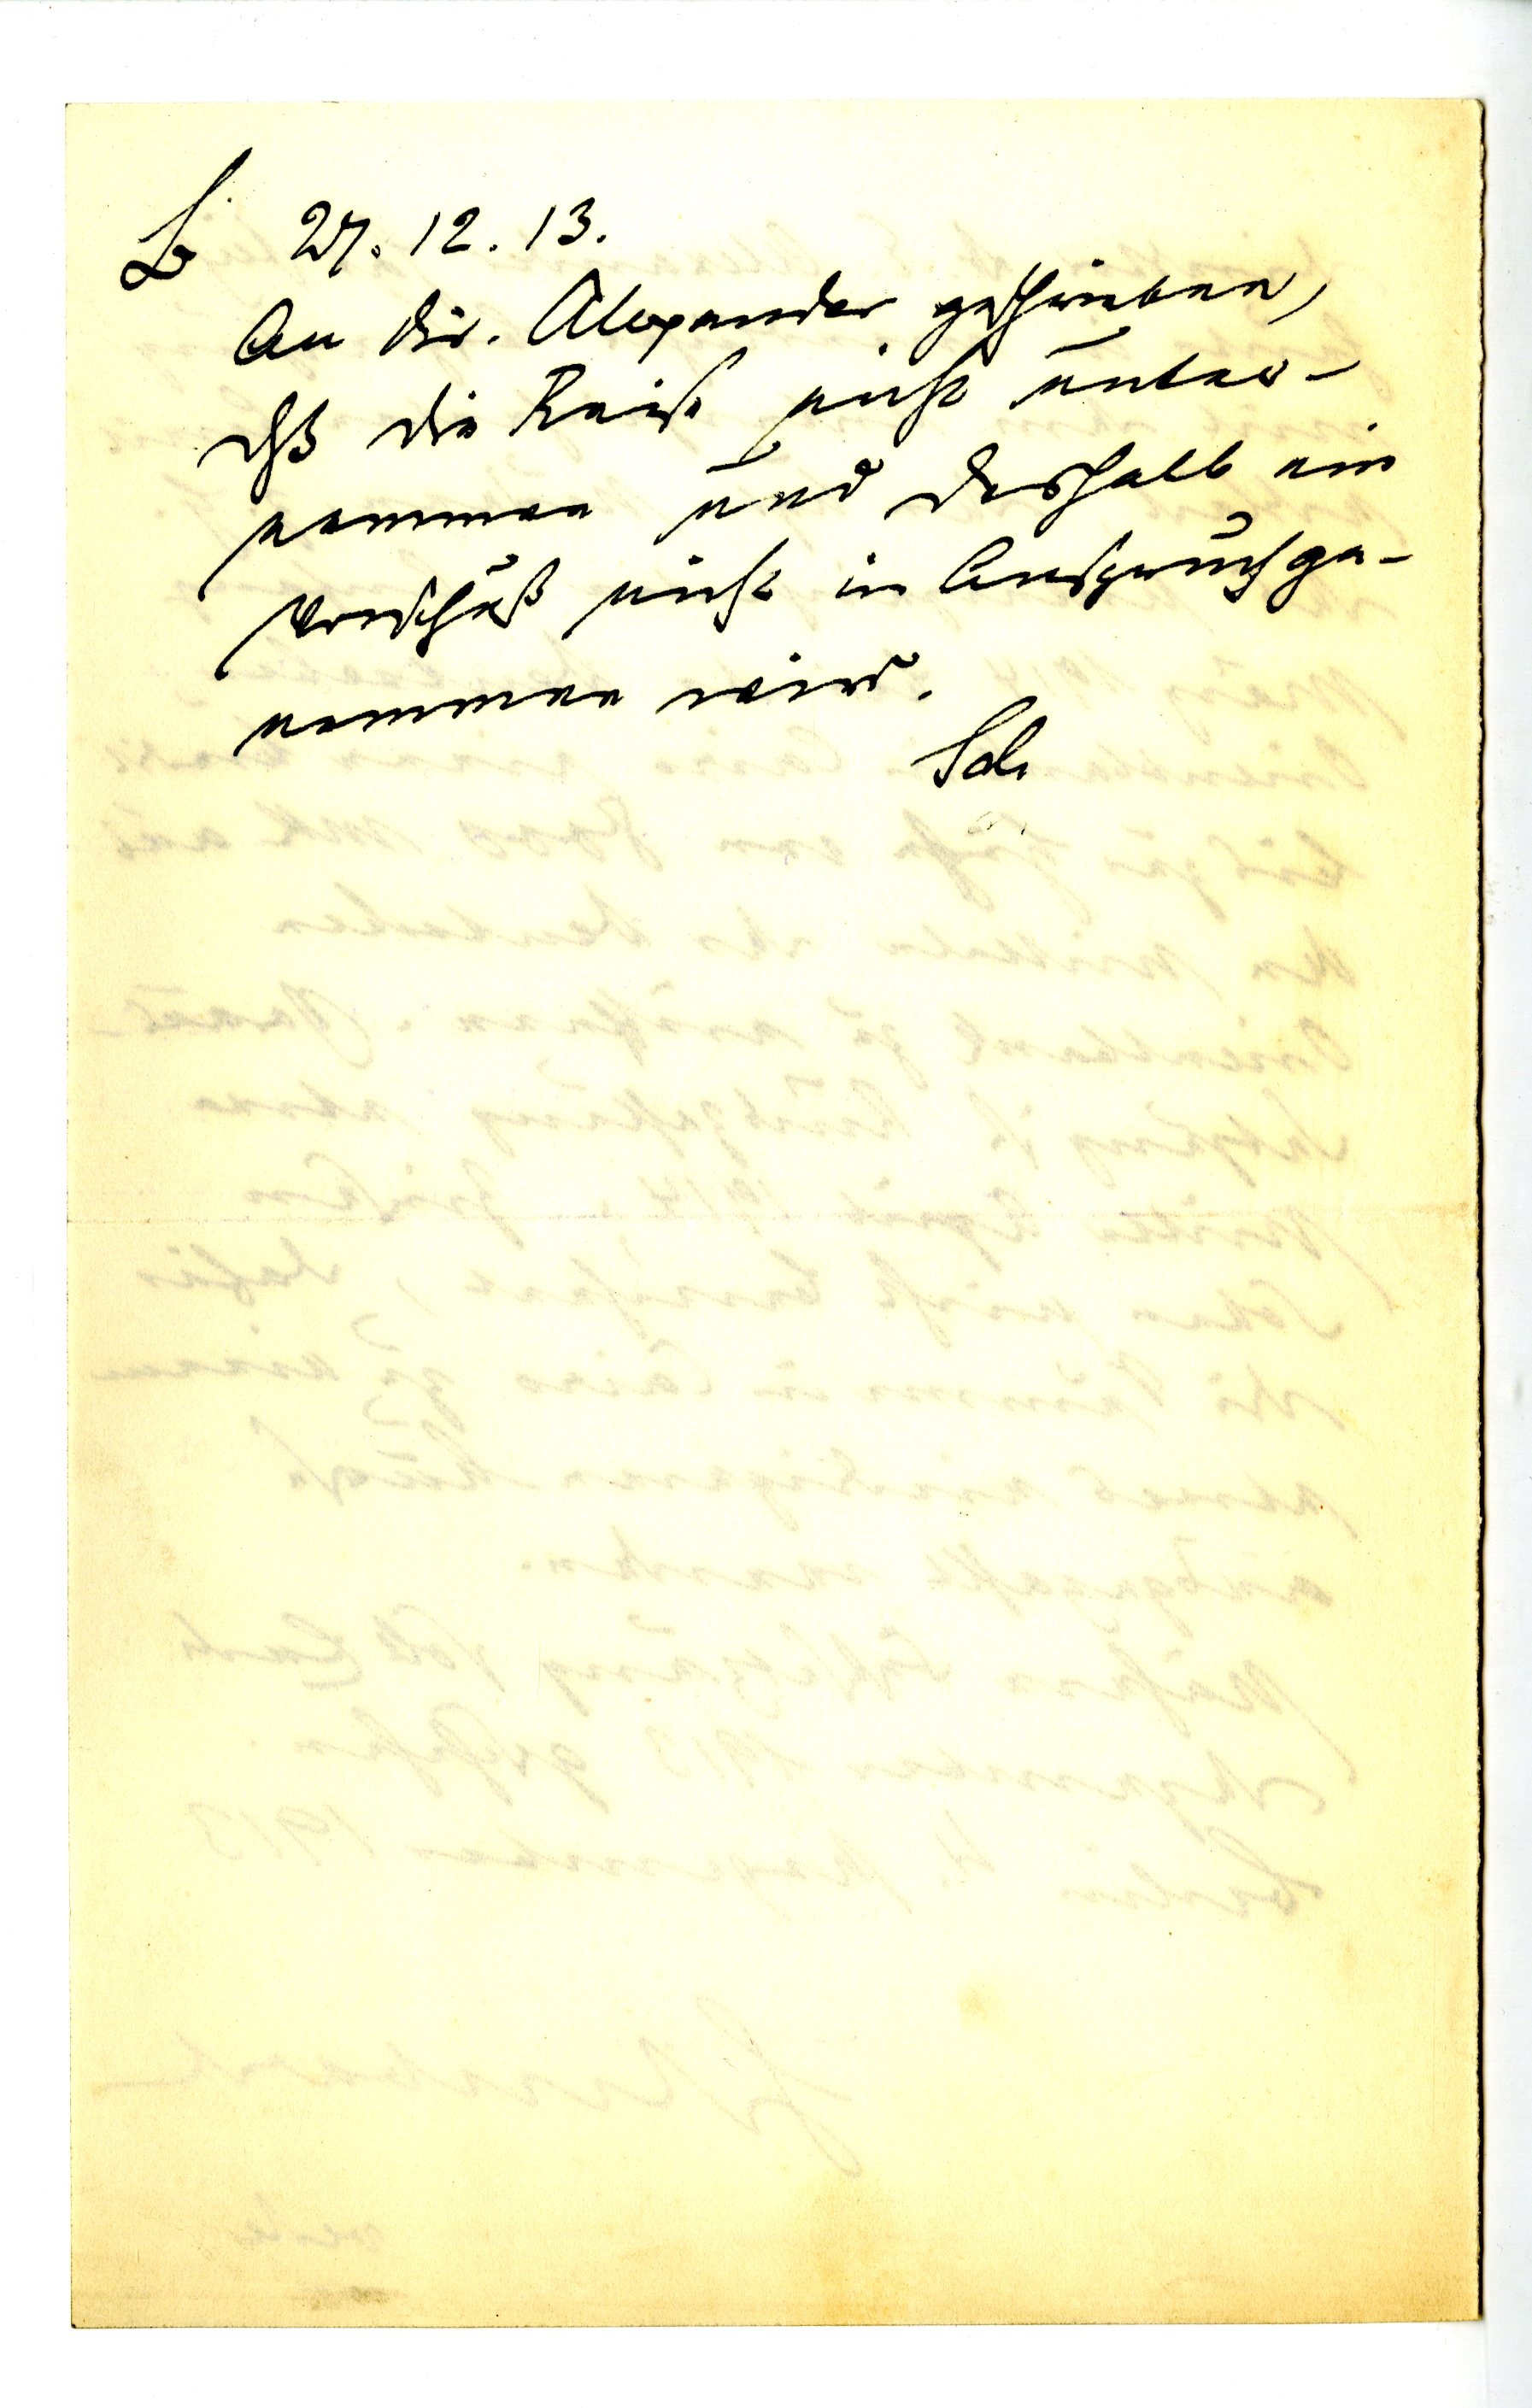
B. 27.12.13
An Dir. Alexander geschrieben,
daß die Reise nicht unter¬
nommen und deshalb ein
Vorschuß nicht in Anspruch ge¬
nommen wird.
Sch